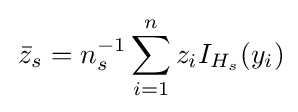
\,{\bar {z}}_{s}=n_{s}^{-1}\sum _{i=1}^{n}z_{i}I_{H_{s}}(y_{i})